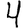
Digit: 4